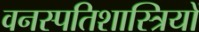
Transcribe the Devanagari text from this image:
वनस्‍पतिशास्‍त्रियों